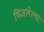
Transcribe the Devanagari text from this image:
भिजलेल्या